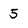
Character: 5